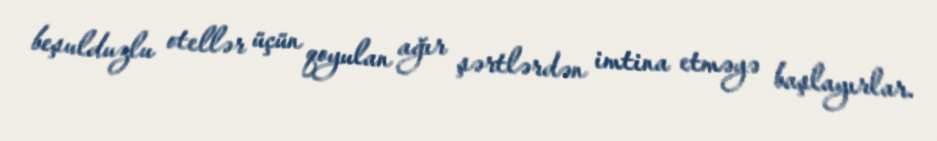
beşulduzlu otellər üçün qoyulan ağır şərtlərdən imtina etməyə başlayırlar.